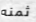
ثمنه